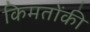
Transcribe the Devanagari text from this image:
किमतोंकी